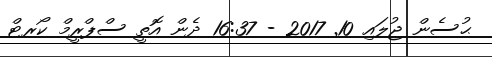
ޙުސެން ޖުލައި 10